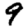
Digit: 9